Vaccination in Burma 1900-1911 - 1900-1911
Year: 1900
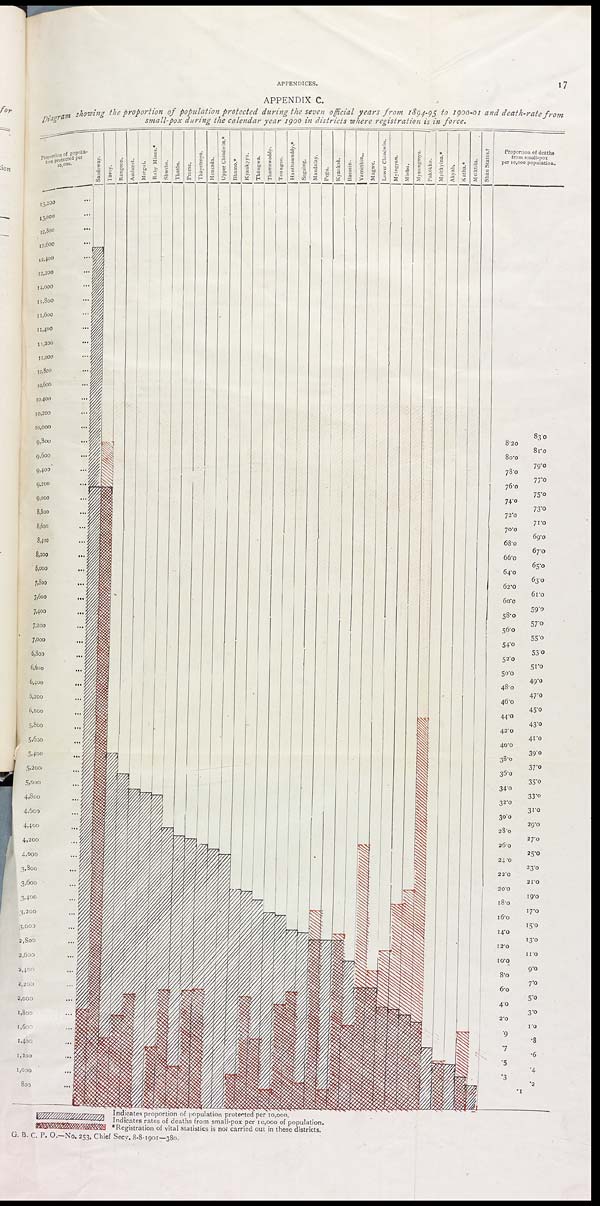
APPENDICES.
17
APPENDIX C.
Diagram showing the proportion of population protected during the seven official years from 1894-95 to 1900-01 and death-rate from
small-pox during the calendar year 1900 in districts where registration is in force.
G. B. C. P. O.—No. 253, Chief Secy. 8-8-1901—380.